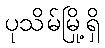
ပုသိမ်မြို့ရှိ